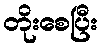
တိုးစေပြီး